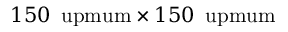
1 5 0 \, \mathrm { \ u p m u m } \times 1 5 0 \, \mathrm { \ u p m u m }